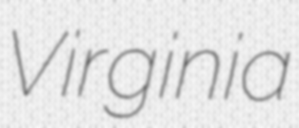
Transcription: Virginia